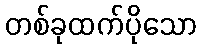
တစ်ခုထက်ပိုသော